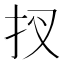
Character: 扠